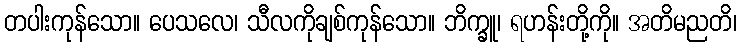
တပါးကုန်သော။ ပေသလေ၊ သီလကိုချစ်ကုန်သော။ ဘိက္ခူ၊ ရဟန်းတို့ကို။ အတိမညတိ၊